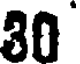
30